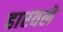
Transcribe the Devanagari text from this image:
हारवले